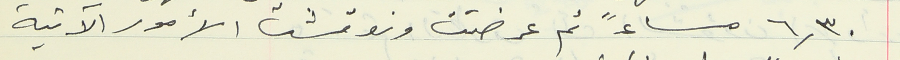
٦,٣٠  مساءً ثم عرضت ونوقشت الأمور الآتية